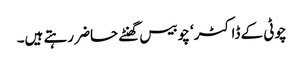
چوٹی کے ڈاکٹر‘ چوبیس گھنٹے حاضر رہتے ہیں۔